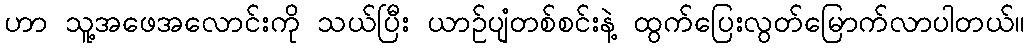
ဟာ သူ့အဖေအလောင်းကို သယ်ပြီး ယာဉ်ပျံတစ်စင်းနဲ့ ထွက်ပြေးလွတ်မြောက်လာပါတယ်။